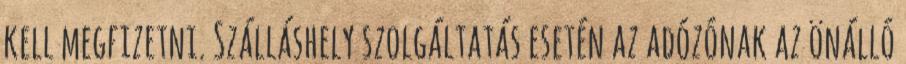
kell megfizetni. Szálláshely szolgáltatás esetén az adózónak az önálló